Document type: Inventory
Year: 1295
Scribe: Pere Marc
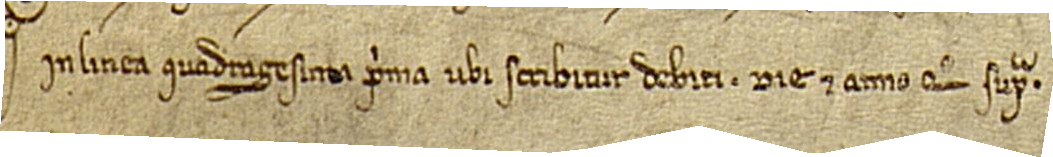
in linea quadragesima prima, ubi scribitur "debiti", die et anno quo supra.